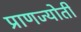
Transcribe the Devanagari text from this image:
प्राणज्योती